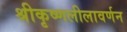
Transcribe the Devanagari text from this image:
श्रीकृष्णलीलावर्णन